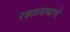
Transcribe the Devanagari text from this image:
रवळनाथाचे